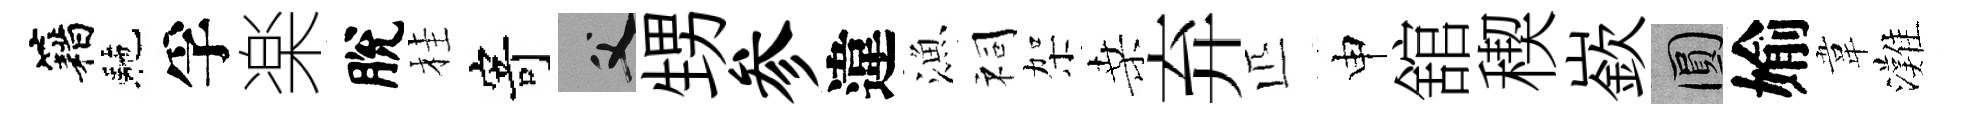
籍駰孚楽脫桂寄父甥参違漁祠架桑弃匹申舘稧嶔圓媮韋灘